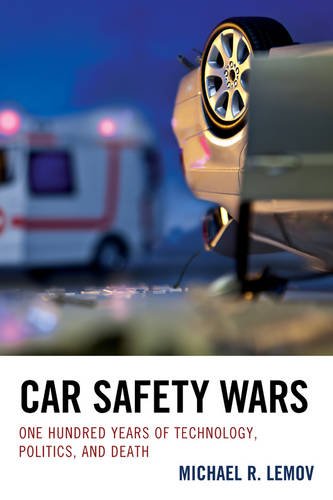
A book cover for Car Safety Wars: One Hundred Years of Technology, Politics, and Death; Michael R. Lemov; Business & Money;